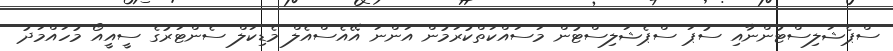
ސްޕެޝަލިސްޓުންނާއި ސުޕަ ސްޕެޝަލިސްޓުން މަސައްކަތްކުރަމުން އަންނަ އޭއެސްއެލް މެޑިކަލް ސެންޓަރުގެ ސީއީއޯ މުހައްމަދު